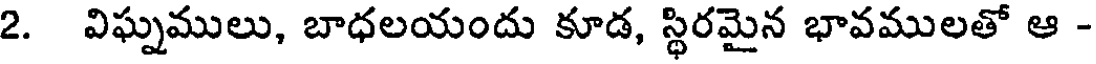
2. విఘ్నములు, బాధలయందు కూడ, స్థిరమైన భావములతో ఆ -